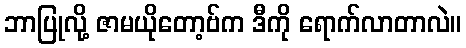
ဘာပြုလို့ ဇာမယိုတော့ဗ်က ဒီကို ရောက်လာတာလဲ။